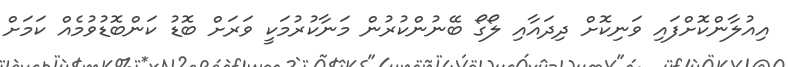
އިއުލާންކޮށްފައި ވަނިކޮށް ދިދައާއި ލޯގޯ ބޭނުންކުރުން މަނާކުރުމަކީ ވަރަށް ބޮޑު ކަންބޮޑުވުމެއް ކަމަށް